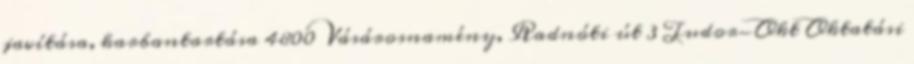
javítása, karbantartása 4800 Vásárosnamény, Radnóti út 3 Tudor-Okt Oktatási